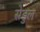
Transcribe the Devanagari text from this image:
सेडुल